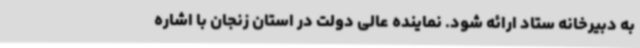
به دبیرخانه ستاد ارائه شود. نماینده عالی دولت در استان زنجان با اشاره